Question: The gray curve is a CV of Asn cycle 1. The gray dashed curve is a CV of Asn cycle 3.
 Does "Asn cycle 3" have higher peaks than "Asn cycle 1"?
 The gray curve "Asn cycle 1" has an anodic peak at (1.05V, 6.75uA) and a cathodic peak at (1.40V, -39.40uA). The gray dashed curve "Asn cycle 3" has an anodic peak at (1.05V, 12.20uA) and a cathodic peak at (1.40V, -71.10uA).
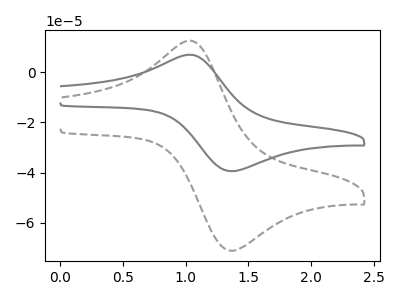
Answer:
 <answer>Every peak in "Asn cycle 3" is higher than every peak in "Asn cycle 1".</answer>
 <eval>higher</eval>